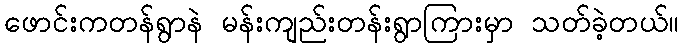
ဖောင်းကတန်ရွာနဲ မန်းကျည်းတန်းရွာကြားမှာ သတ်ခဲ့တယ်။